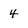
Character: 4